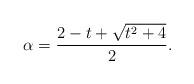
LaTeX: \begin{align*}\alpha = \frac{2-t+\sqrt{t^2+4}}{2}. \end{align*}